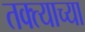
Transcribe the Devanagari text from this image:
तक्त्याच्या